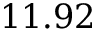
1 1 . 9 2